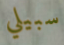
سبيلي